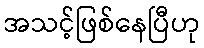
အသင့်ဖြစ်နေပြီဟု